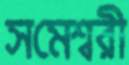
সমেশ্বরী